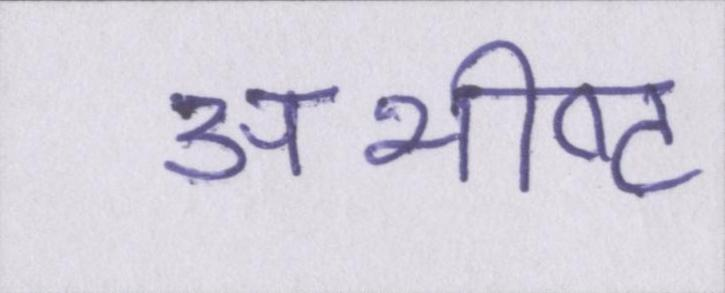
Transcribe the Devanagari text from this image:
अभीष्ट